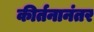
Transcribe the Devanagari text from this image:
कीर्तनानंतर